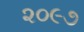
૨૦૯૭